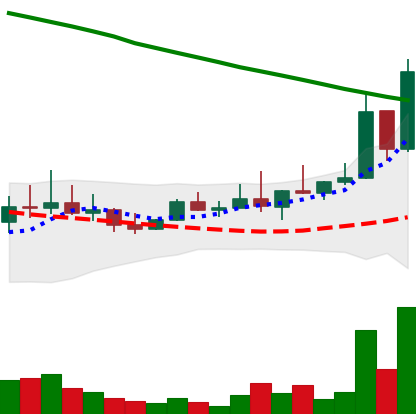
Ticker: DOGE-USD
Chart end date: 2022-08-16
Forward return: -20.142%
Label: down_7plus